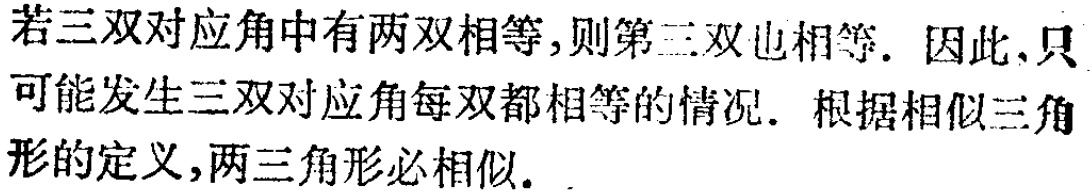
若三双对应角中有两双相等,则第三双也相等. 因此,只可能发生三双对应角每双都相等的情况. 根据相似三角形的定义,两三角形必相似.